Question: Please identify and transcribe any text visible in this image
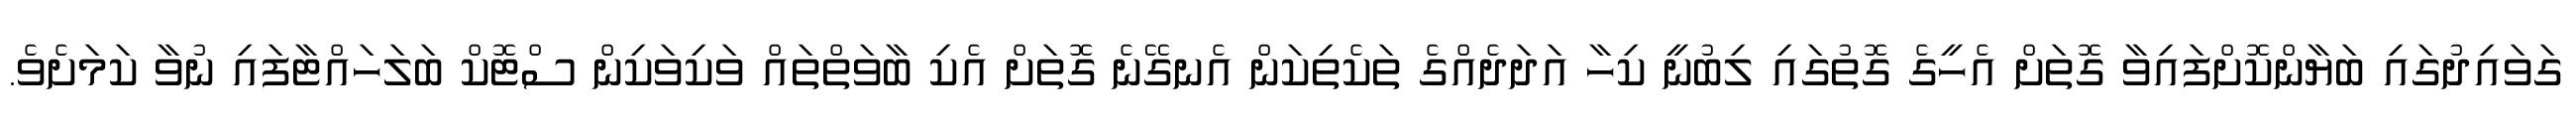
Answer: ގަވައިދުގައި ބަޔާންކޮށްފައިވާ ގޮތަށް އެހީގެ ގޮތުގައި ލިބުނީ ކިހާ އަދަދެއްގެ ތަކެތިކަން އެނގޭނެ ގޮތަށް އެކި ބާވަތްތައް ވަކިވަކިން ސްޓޮކް ބަލަހައްޓާފައި ނުވާ ކަމަށެވެ.